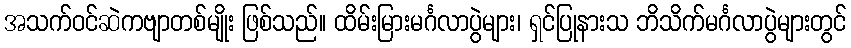
အသက်ဝင်ဆဲကဗျာတစ်မျိုး ဖြစ်သည်။ ထိမ်းမြားမင်္ဂလာပွဲများ၊ ရှင်ပြုနားသ ဘိသိက်မင်္ဂလာပွဲများတွင်